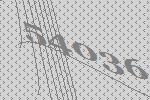
54036